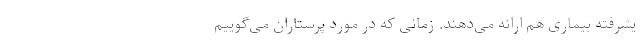
یشرفته بیماری هم ارائه می‌دهند. زمانی که در مورد پرستاران می‌گوییم